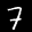
Label: 7